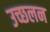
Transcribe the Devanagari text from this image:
उच्छलन